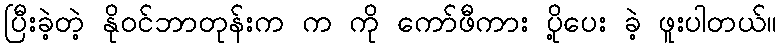
ပြီးခဲ့တဲ့ နိုဝင်ဘာတုန်းက က ကို ကော်ဖီကား ပို့ပေး ခဲ့ ဖူးပါတယ်။